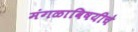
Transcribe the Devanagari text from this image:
मंगळाविषयीचे